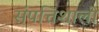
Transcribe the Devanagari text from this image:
संपत्तिशाली